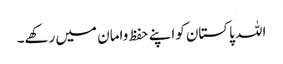
اللہ پاکستان کواپنے حفظ وامان میں رکھے۔